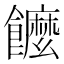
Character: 𩟠